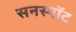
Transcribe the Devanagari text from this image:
सनस्पॉट